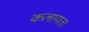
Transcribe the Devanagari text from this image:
कलायत।